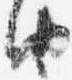
由